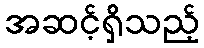
အဆင့်ရှိသည့်